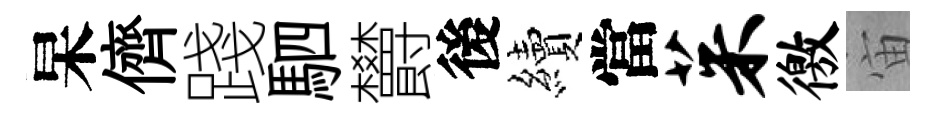
杲儕踐駟欝後續當茱徼宙